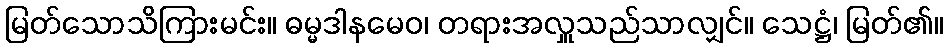
မြတ်သောသိကြားမင်း။ ဓမ္မဒါနမေဝ၊ တရားအလှူသည်သာလျှင်။ သေဋ္ဌံ၊ မြတ်၏။